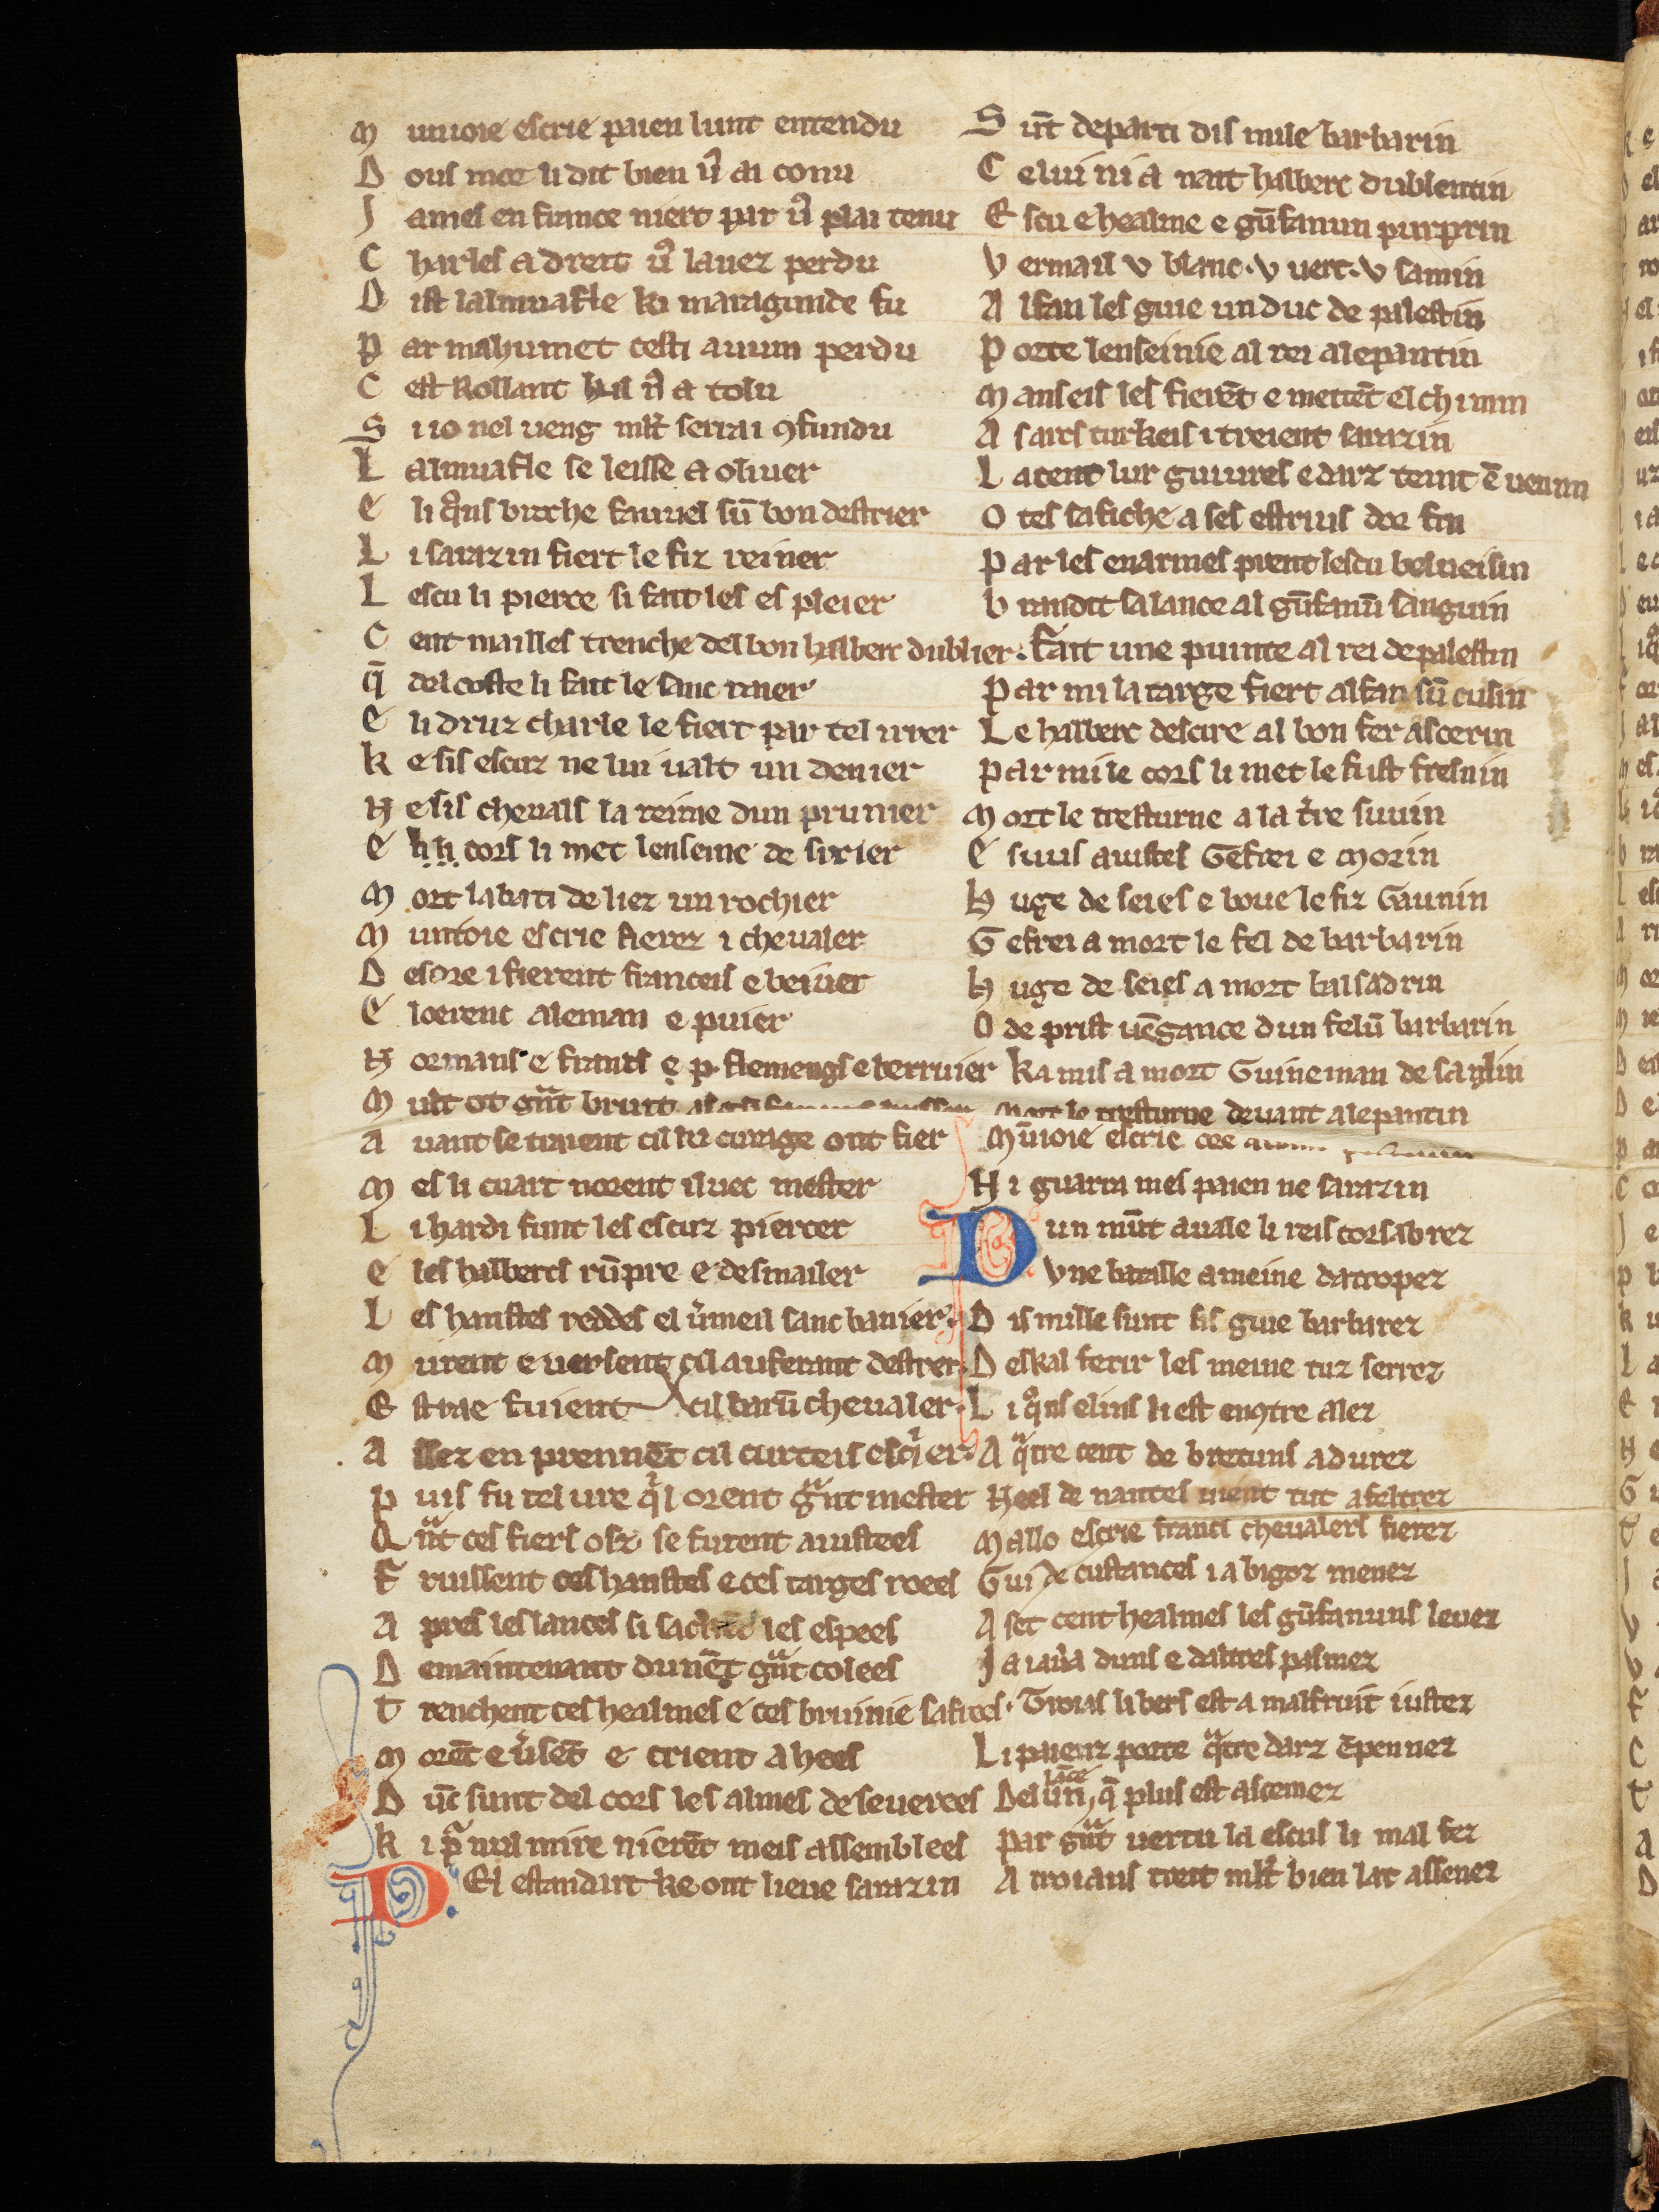
Shelfmark: Cologne, Bodmer, 168
Century: 13